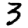
Digit: 3